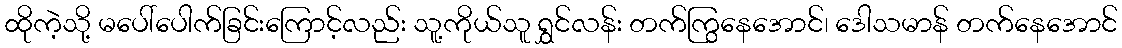
ထိုကဲ့သို့ မပေါ်ပေါက်ခြင်းကြောင့်လည်း သူ့ကိုယ်သူ ရွှင်လန်း တက်ကြွနေအောင်၊ ဒေါသမာန် တက်နေအောင်